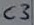
Text: C3